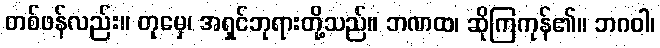
တစ်ဖန်လည်း။ တုမှေ၊ အရှင်ဘုရားတို့သည်။ ဘဏထ၊ ဆိုကြကုန်၏။ ဘဂဝါ၊